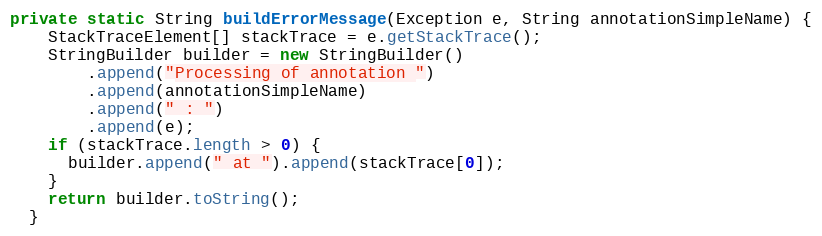
Language: Java
private static String buildErrorMessage(Exception e, String annotationSimpleName) {
    StackTraceElement[] stackTrace = e.getStackTrace();
    StringBuilder builder = new StringBuilder()
        .append("Processing of annotation ")
        .append(annotationSimpleName)
        .append(" : ")
        .append(e);
    if (stackTrace.length > 0) {
      builder.append(" at ").append(stackTrace[0]);
    }
    return builder.toString();
  }